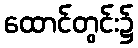
ထောင်တွင်း၌